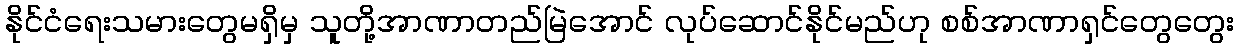
နိုင်ငံရေးသမားတွေမရှိမှ သူတို့အာဏာတည်မြဲအောင် လုပ်ဆောင်နိုင်မည်ဟု စစ်အာဏာရှင်တွေတွေး